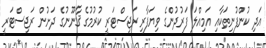
އަދި ކުންފުނިތަކާއި އަމިއްލަ ފަރުދުންގެ ވިޔަފާރި ރަޖިސްޓަރީ ކުރުމުގެ ޤާނޫނުގެ ދަށުން ރަޖިސްޓަރީ